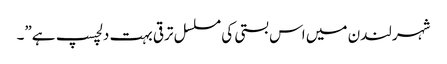
شہر لندن میں اس بستی کی مسلسل ترقی بہت دلچسپ ہے”۔